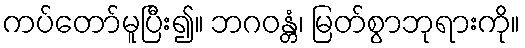
ကပ်တော်မူပြီး၍။ ဘဂဝန္တံ၊ မြတ်စွာဘုရားကို။